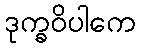
ဒုက္ခဝိပါကေ